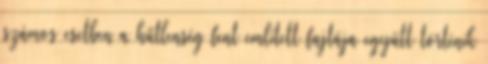
számos esetben a hűtlenség fent említett fajtája együtt történik